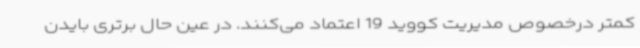
کمتر درخصوص مدیریت کووید 19 اعتماد می‌کنند. در عین حال برتری بایدن